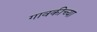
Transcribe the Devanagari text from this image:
गावकीच्या